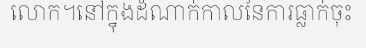
លោក។នៅក្នុងដំណាក់កាលនៃការធ្លាក់ចុះ